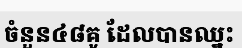
ចំនួន៤៨គូ ដែលបានឈ្នះ